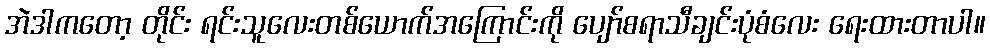
အဲဒါကတော့ တိုင်း ရင်းသူလေးတစ်ယောက်အကြောင်းကို ပျော်စရာသီချင်းပုံစံလေး ရေးထားတာပါ။